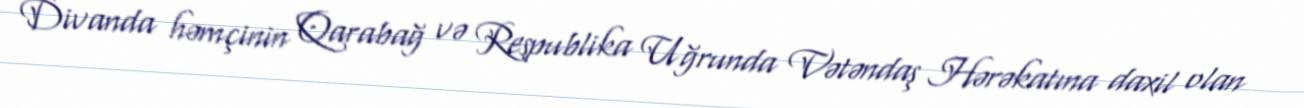
Divanda həmçinin Qarabağ və Respublika Uğrunda Vətəndaş Hərəkatına daxil olan